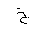
Letter: _kha